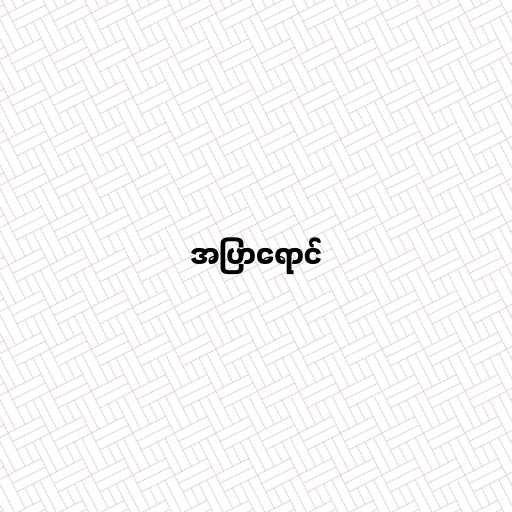
အပြာရောင်